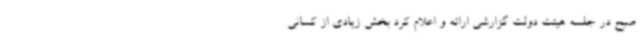
صبح در جلسه هیئت دولت گزارشی ارائه و اعلام کرد بخش زیادی از کسانی